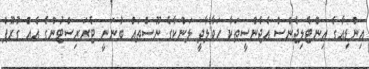
އިންޑިއާގެ އިންޓެލިޖެންސް އެޖެންސީތަކާ ހަވާލާދީ ލަންކާގެ ނޫސްތައް ބުނަނީ ޓެރަރިސްޓުންގެ އެއް ގުރޫޕް